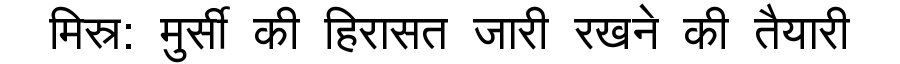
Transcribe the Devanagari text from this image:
मिस्र: मुर्सी की हिरासत जारी रखने की तैयारी